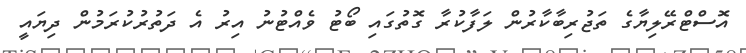
އޮސްޓްރޭލިޔާގެ ތަޖުރިބާކާރުން ލަފާކުރާ ގޮތުގައި ބޯޓު ވެއްޓުނު އިރު އެ ދަތުރުކުރަމުން ދިޔައީ